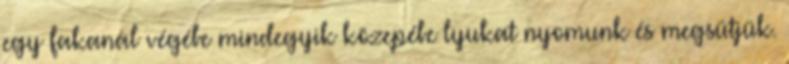
egy fakanál végébe mindegyik közepébe lyukat nyomunk és megsütjük.